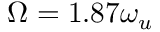
\Omega = 1 . 8 7 \omega _ { u }